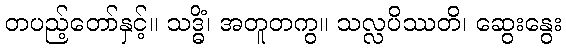
တပည့်တော်နှင့်။ သဒ္ဓိံ၊ အတူတကွ။ သလ္လပိဿတိ၊ ဆွေးနွေး